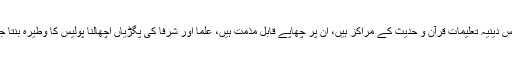
اجلاس میں کہا گیا کہ مدارس دینیہ تعلیمات قرآن و حدیث کے مراکز ہیں، ان پر چھاپے قابل مذمت ہیں، علما اور شرفا کی پگڑیاں اچھالنا پولیس کا وطیرہ بنتا جارہا ہے جو قابل قبول نہیں۔